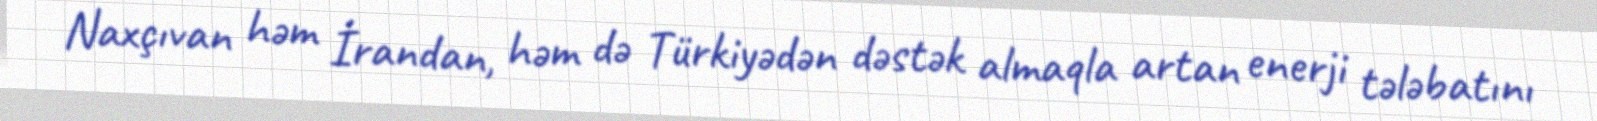
Naxçıvan həm İrandan, həm də Türkiyədən dəstək almaqla artan enerji tələbatını